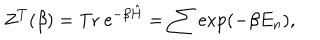
Z ^ { T } ( \beta ) = { \mathrm { T r ~ e } } ^ { - \beta \hat { H } } = \sum \exp ( - \beta E _ { n } ) ,